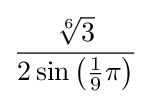
{\frac {\sqrt[{6}]{3}}{2\sin \left({\frac {1}{9}}\pi \right)}}